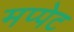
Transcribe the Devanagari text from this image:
मप्पेट